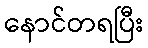
နောင်တရပြီး